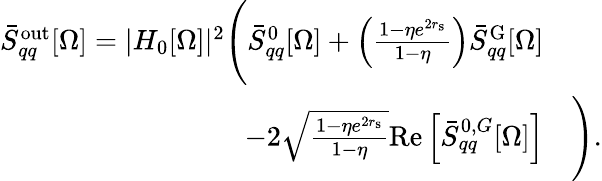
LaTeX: \begin{array}{rl}{\bar{S}_{qq}^{\mathrm{out}}[\Omega]=|H_{0}[\Omega]|^{2}\Bigg(\bar{S}_{qq}^{0}[\Omega]+\left(\frac{1-\eta e^{2r_{\mathrm{s}}}}{1-\eta}\right)\bar{S}_{qq}^{\mathrm{G}}[\Omega]}&{}\\ {-2\sqrt{\frac{1-\eta e^{2r_{\mathrm{s}}}}{1-\eta}}\mathrm{Re}\left[\bar{S}_{qq}^{0,G}[\Omega]\right]}&{\Bigg).}\end{array}